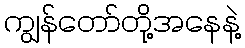
ကျွန်တော်တို့အနေနဲ့